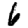
Digit: 6